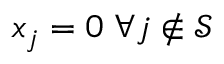
x _ { j } = 0 \; \forall j \notin \mathcal { S }